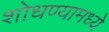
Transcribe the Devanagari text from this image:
शोधण्यामध्ये